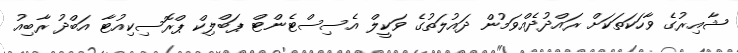
ޝާއިރުގެ ވާހަކަތަކަށް ރައްދުދެއްވަމުން ދައުލަތުގެ ވަކީލް އެސިސްޓެންޓް ޕަބްލިކް ޕްރޮސިކިއުޓާ އަބްދު ރާބިއު